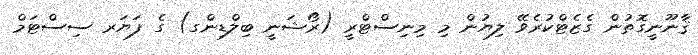
ޤާނޫނީގޮތުން ގެޒެޓްކުރެވޭ ލިޔުން މި މިނިސްޓްރީ (ރޯޝަނީ ބިލްޑިންގ) ގެ ފަޔަރ ސިސްޓަމް